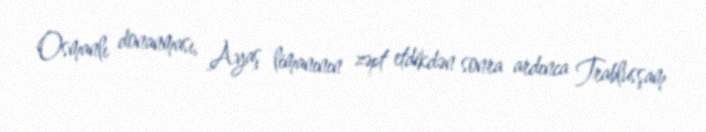
Osmanlı donanması, Ayaş limanının zəpt etdikdən sonra ardınca Trablusşam